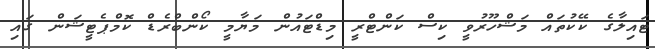
ޓައިލާގެ ކޭކުތައް މަޝްހޫރުވީ ކިސް ކަންޓްރީ މިޑްޓައުން މަޔާމީ ކޯންބްރެޑް ކޮމްޕެޓީޝަން ގައި